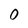
Character: 0